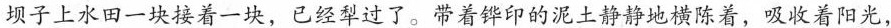
坝子上水田一块接着一块，已经犁过了。带着锌印的泥土静静地横陈着，吸收着阳光，